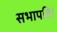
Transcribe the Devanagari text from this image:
सभापति।